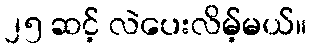
၂၅ ဆင့် လဲပေးလိမ့်မယ်။